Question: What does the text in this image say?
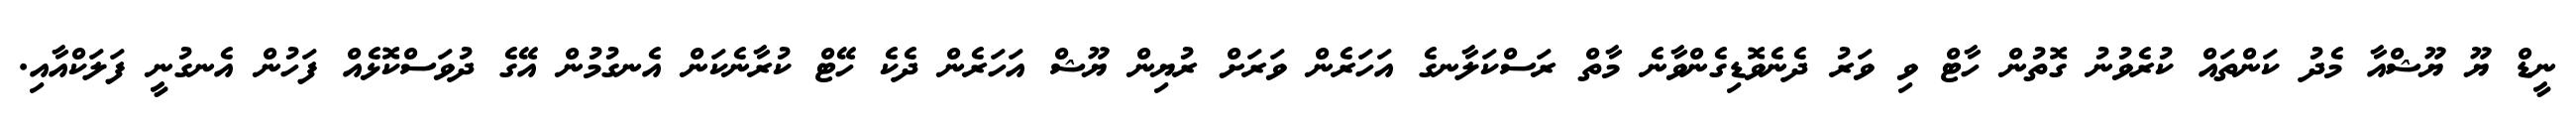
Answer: ނީޑް ޔޫ ޔޫޝްއާ މެދު ކަންތައް ކުރެވުނު ގޮތުން ހާޓް ވި ވަރު ދެނެވޮޑިގެންވާނެ މާތް ރަސްކަލާނގެ އަހަރެން ވަރަށް ރުޔިން ޔޫޝް އަހަރެން ދެކެ ހޭޓް ކުރާނެކަން އެނގުމުން އޭގެ ދުވަސްކޮޅެއް ފަހުން އެނގުނީ ފަލަކްއާއި.